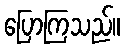
ပြောကြသည်။